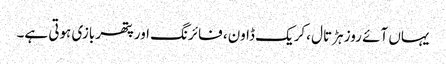
یہاں آئے روز ہڑتال ،کریک ڈاون، فائرنگ اورپتھر بازی ہوتی ہے۔